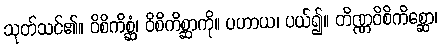
သုတ်သင်၏။ ဝိစိကိစ္ဆံ၊ ဝိစိကိစ္ဆာကို။ ပဟာယ၊ ပယ်၍။ တိဏ္ဏဝိစိကိစ္ဆော၊